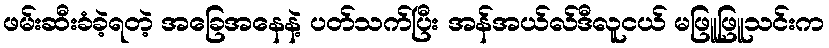
ဖမ်းဆီးခံခဲ့ရတဲ့ အခြေအနေနဲ့ ပတ်သက်ပြီး အန်အယ်လ်ဒီလူငယ် မဖြူဖြူသင်းက